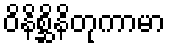
ဝိနိစ္ဆိနိတုကာမာ